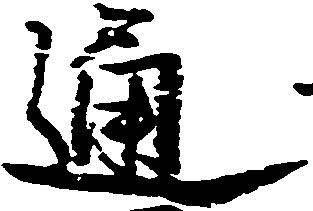
通